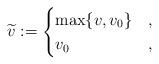
LaTeX: \begin{align*}\widetilde{v}:=\begin{cases}\max\{v,v_0\} &,\\v_0&,\end{cases}\end{align*}